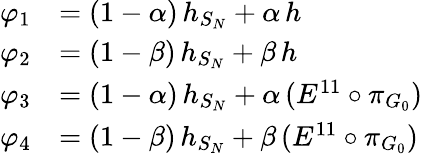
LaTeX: \begin{array}{rl}{\varphi_{1}}&{=(1-\alpha)\, h_{S_{N}}+\alpha\, h}\\ {\varphi_{2}}&{=(1-\beta)\, h_{S_{N}}+\beta\, h}\\ {\varphi_{3}}&{=(1-\alpha)\, h_{S_{N}}+\alpha\, (E^{11}\circ\pi_{G_{0}})}\\ {\varphi_{4}}&{=(1-\beta)\, h_{S_{N}}+\beta\, (E^{11}\circ\pi_{G_{0}})}\end{array}